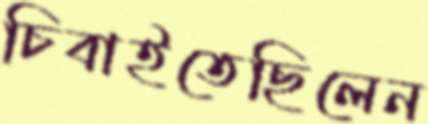
চিবাইতেছিলেন